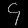
Digit: ၄